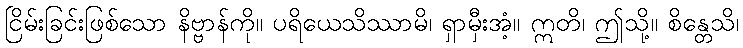
ငြိမ်းခြင်းဖြစ်သော နိဗ္ဗာန်ကို။ ပရိယေသိဿာမိ၊ ရှာမှီးအံ့။ ဣတိ၊ ဤသို့။ စိန္တေသိ၊